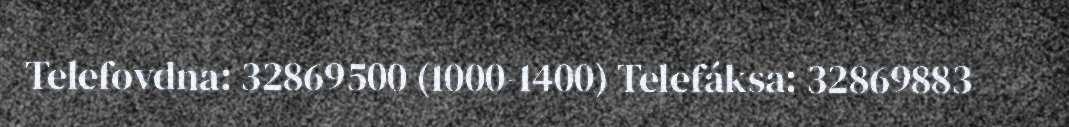
Telefovdna: 32869500 (1000-1400) Telefáksa: 32869883